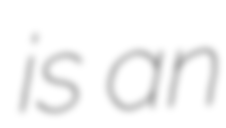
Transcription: is an